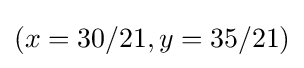
(x=30/21,y=35/21)